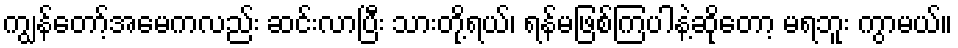
ကျွန်တော့်အမေကလည်း ဆင်းလာပြီး သားတို့ရယ်၊ ရန်မဖြစ်ကြပါနဲ့ဆိုတော့ မရဘူး ကွာမယ်။